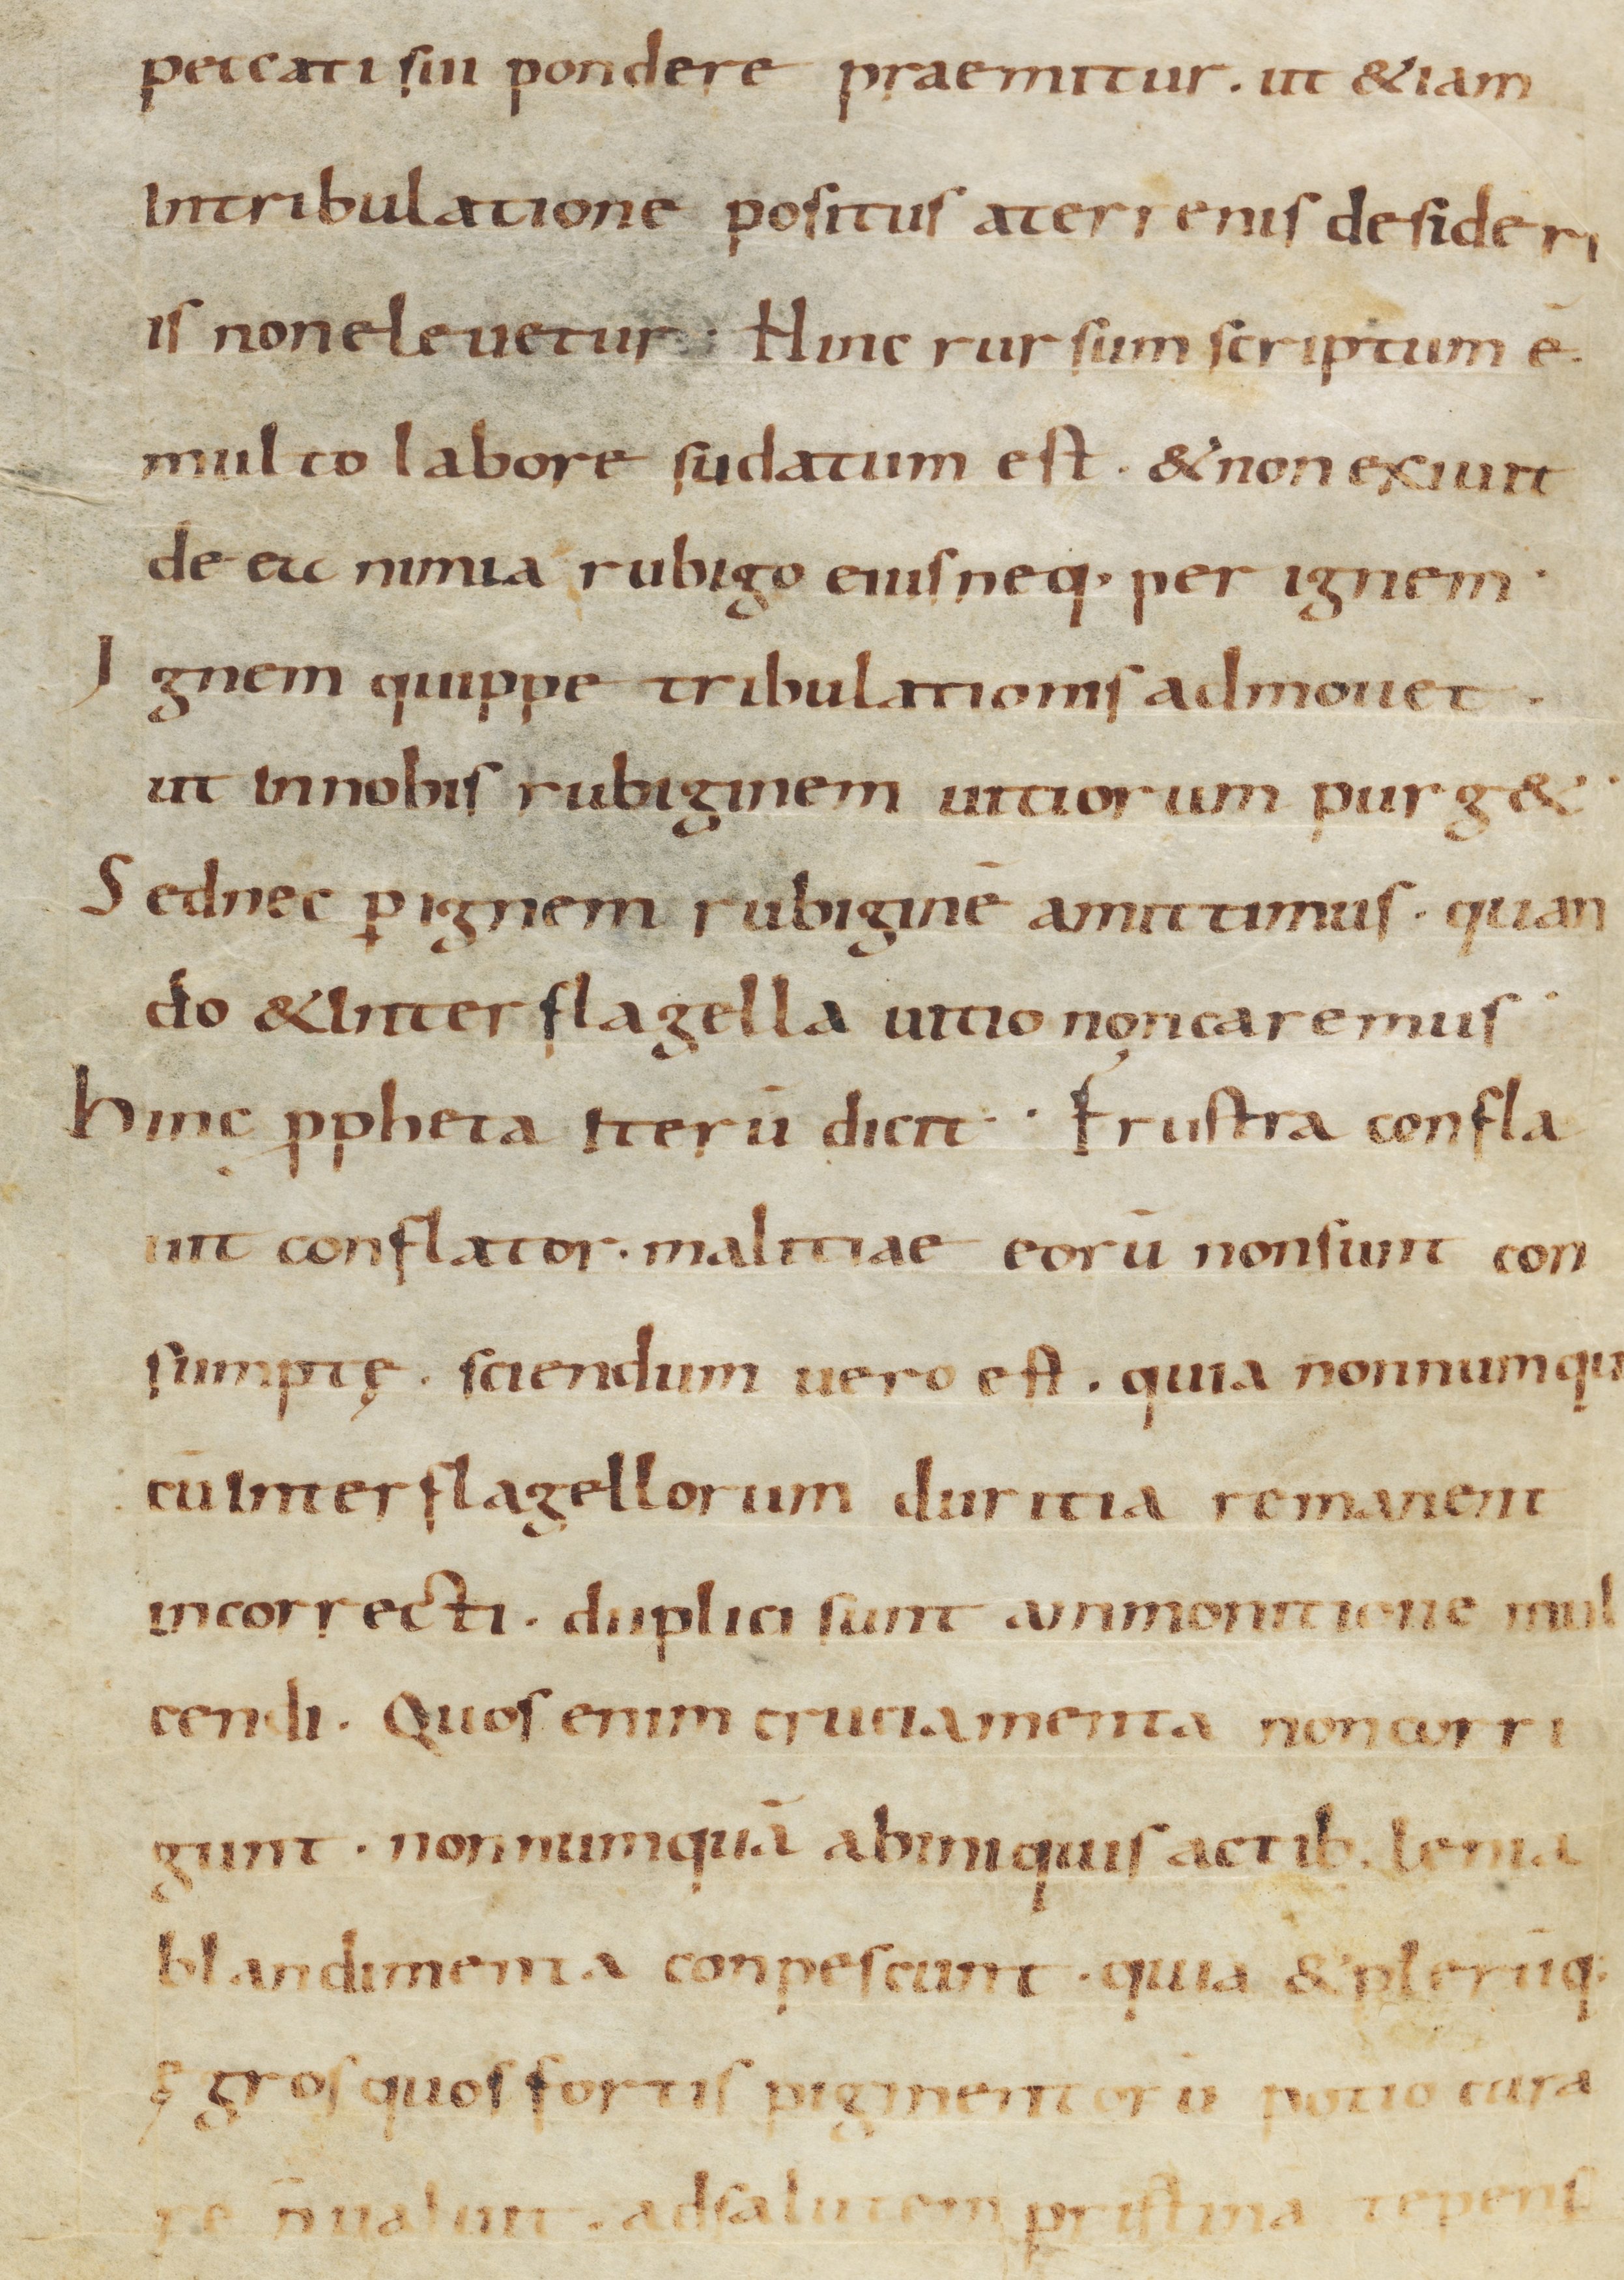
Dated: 900–999